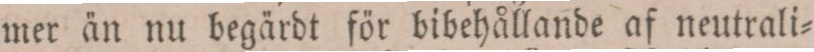
mer än nu begärdt för bibehållande af neutrali=